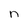
Character: n